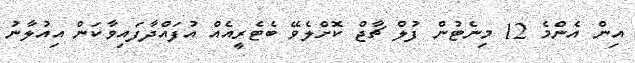
އިން އެންމެ 12 މިނެޓުން ފުލް ޗާޖް ކޮށްލެވޭ ބެޓެރީއެއް އުފައްދާފައިވާކަން އިއުލާނު